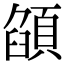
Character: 𩓟